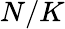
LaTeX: N/K